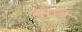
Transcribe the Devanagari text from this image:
वराडे